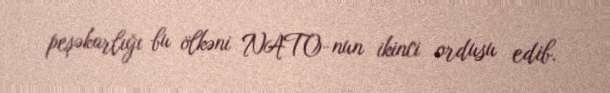
peşəkarlığı bu ölkəni NATO-nun ikinci ordusu edib.